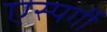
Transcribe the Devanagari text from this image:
एस्पर्गी